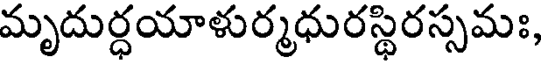
మృదుర్ధయాళుర్మధురస్థిరస్సమః,